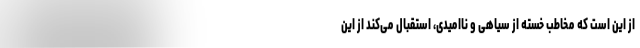
از این است که مخاطب خسته از سیاهی و ناامیدی، استقبال می‌کند از این